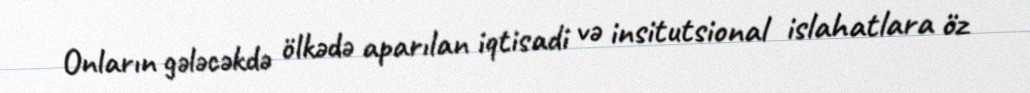
Onların gələcəkdə ölkədə aparılan iqtisadi və insitutsional islahatlara öz